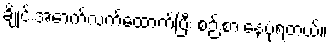
ချိုင်းအောက်လက်ထောက်ပြီး စဉ်းစားနေပုံရတယ်။